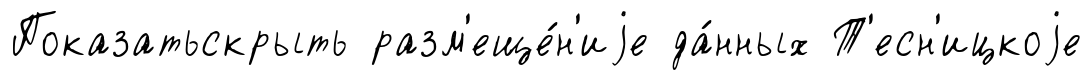
Показатьскрыть разм'еще́н'иjе да́нных Т'есн'ицкоjе